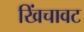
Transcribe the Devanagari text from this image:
खिंचावट